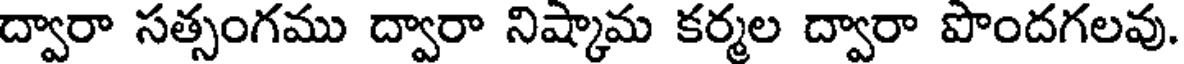
ద్వారా సత్సంగము ద్వారా నిష్కామ కర్మల ద్వారా పొందగలవు.